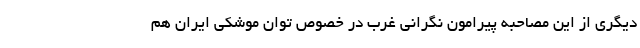
دیگری از این مصاحبه پیرامون نگرانی غرب در خصوص توان موشکی ایران هم